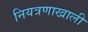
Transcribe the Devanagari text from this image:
नियत्रणाखाली